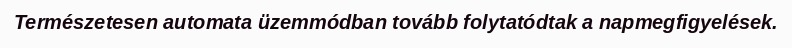
Természetesen automata üzemmódban tovább folytatódtak a napmegfigyelések.